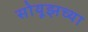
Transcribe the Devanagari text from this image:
सोयूझच्या